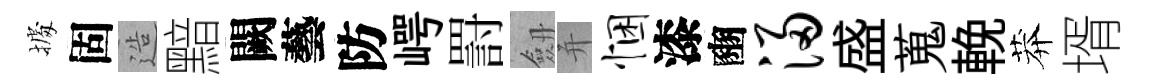
𢴃固造黯闕藝防崿罸劔并悃漆豳浸盛蒐輓莽壻